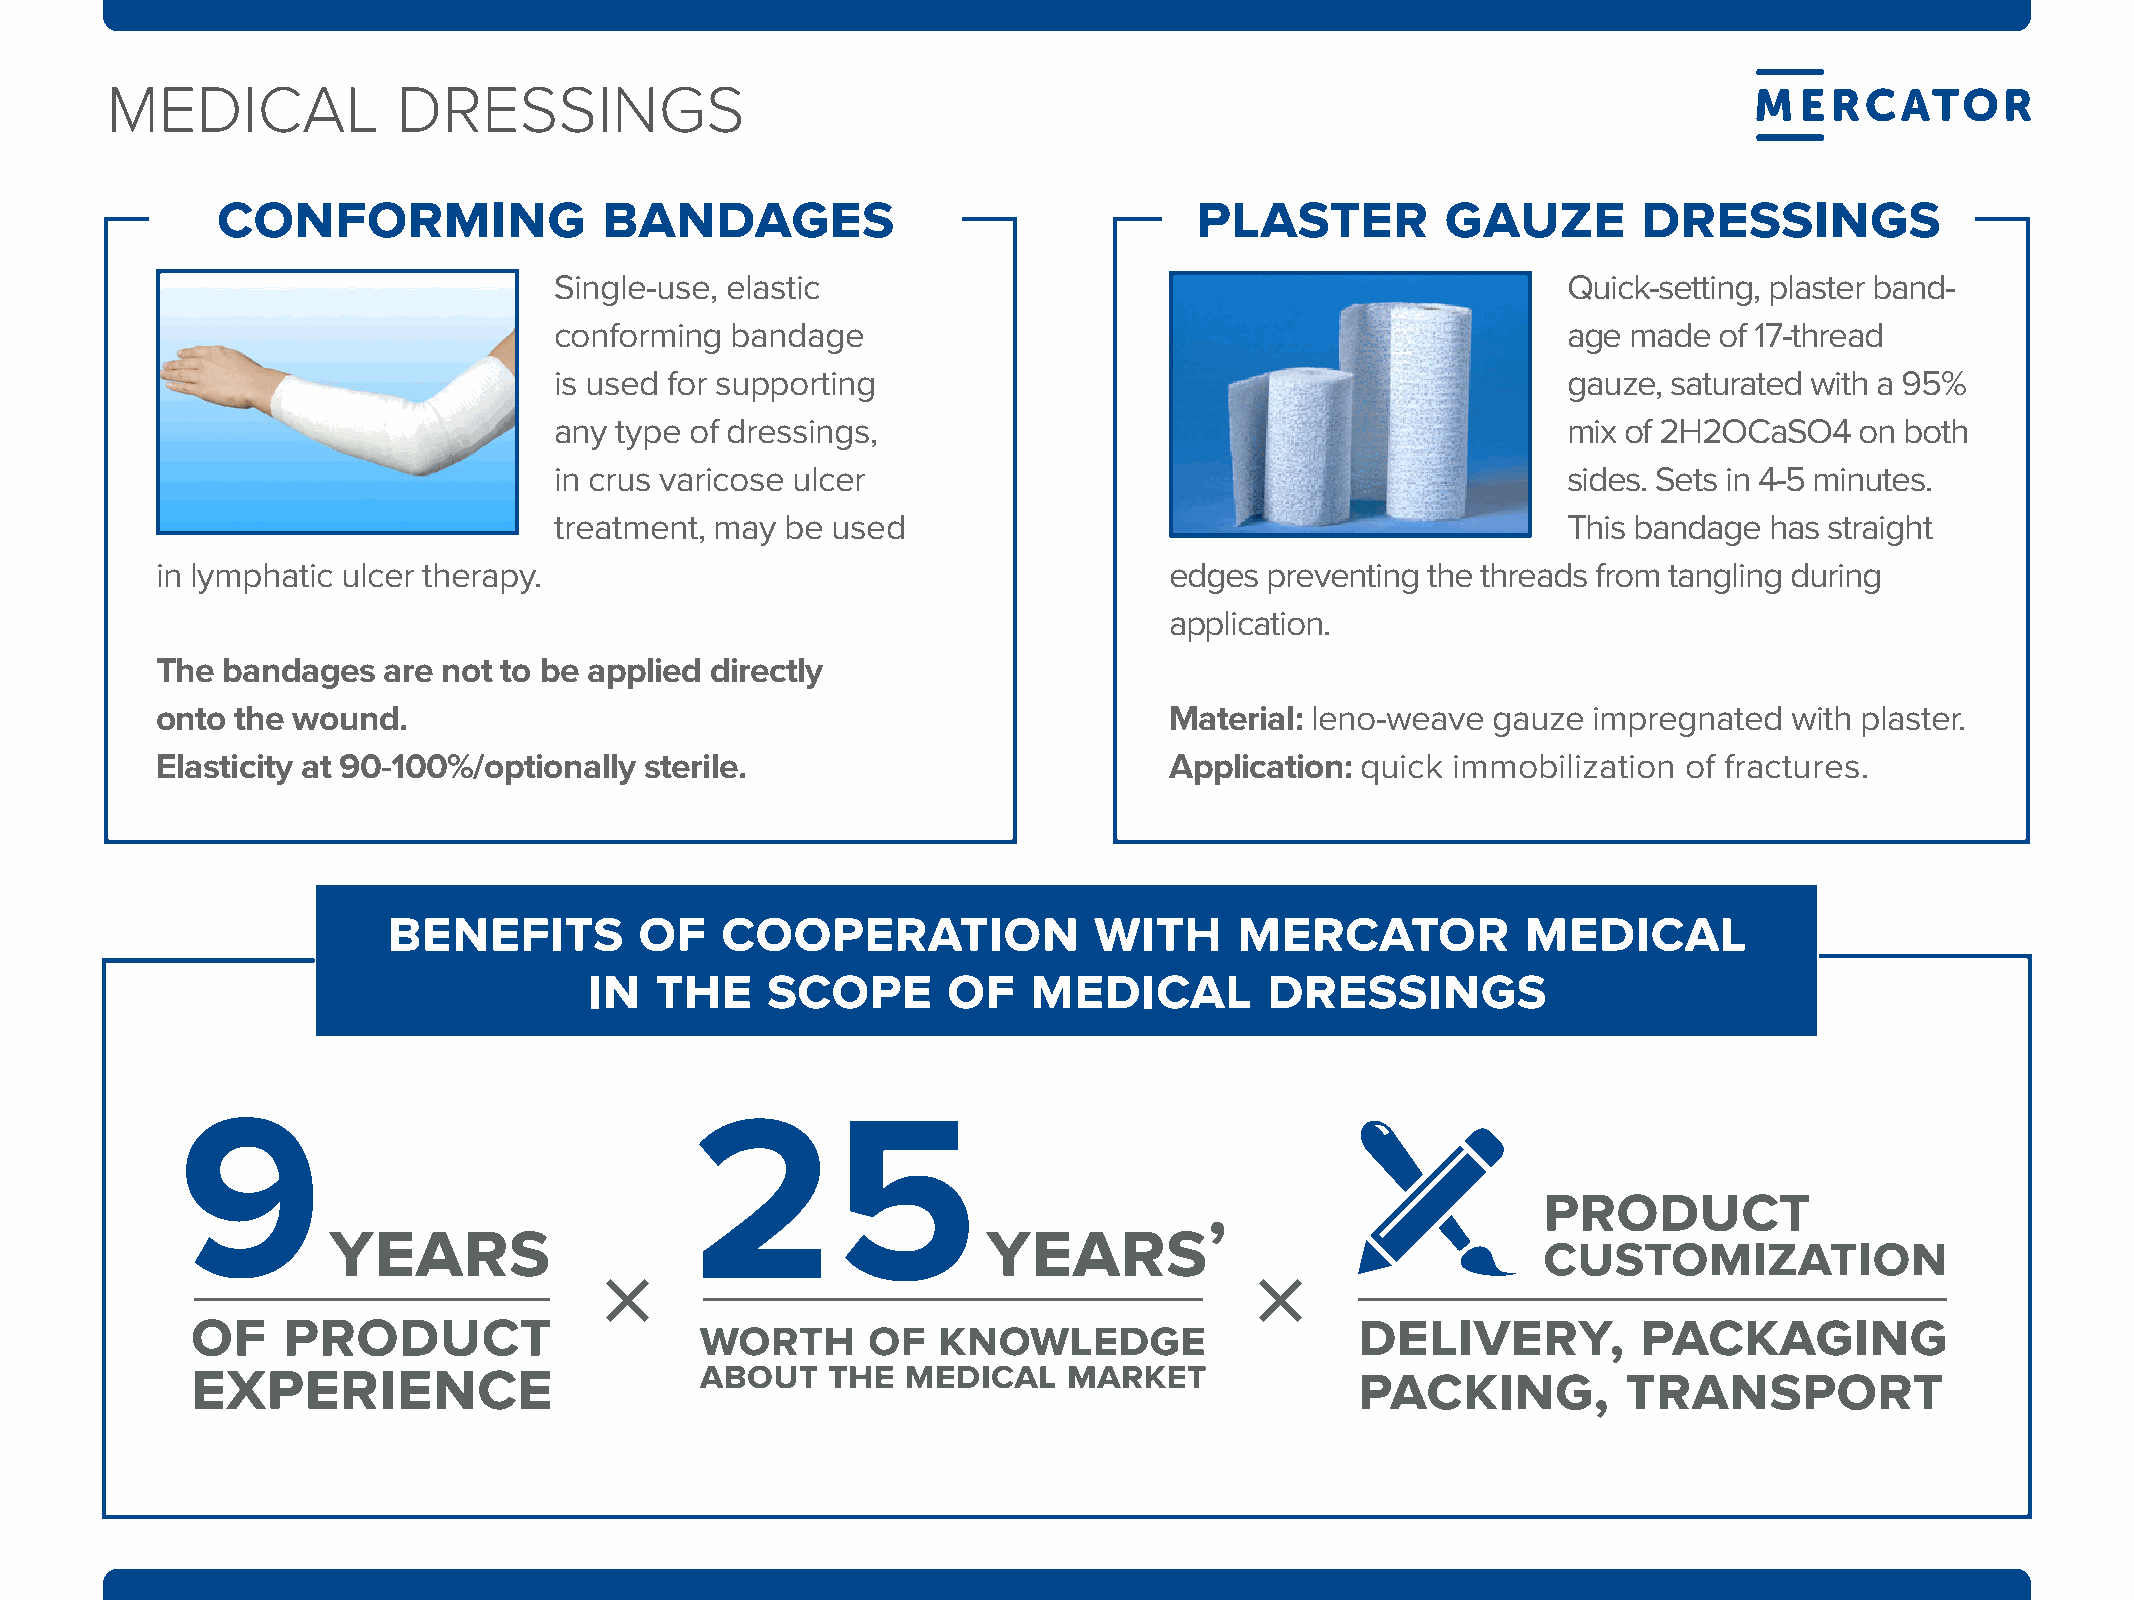
MEDICAL              DRESSINGS
 mEdICal            drEssINGs
 conforming                bandages                               plaster          gauze        dressings
 Single-use, elastic                                                Quick-setting, plaster band-
 conforming bandage                                                 age made  of 17-thread
 is used for supporting                                             gauze, saturated with a 95%
 any type of dressings,                                             mix of 2H2OCaSO4   on both
 in crus varicose ulcer                                             sides. Sets in 4-5 minutes.
 treatment, may be used                                             This bandage has straight
 in lymphatic ulcer therapy.                                        edges  preventing the threads from tangling during
 application.
 The  bandages  are not to be applied directly
 onto  the wound.                                                   Material: leno-weave  gauze impregnated   with plaster.
 Elasticity at 90-100%/optionally sterile.                          Application: quick immobilization  of fractures.
 benefits        of    cooperation             with      mercator           medical
 in  the     scope       of   medical         dressings